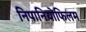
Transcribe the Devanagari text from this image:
निपानियोफिलम